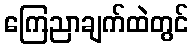
ကြေညာချက်ထဲတွင်